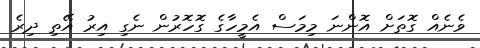
ވެނެއް ގޮތަށް އޮންނަ މިމަސް އެމީހާގެ ގޮހޮރުން ނެގި އިރު އޭތި ދިރެ